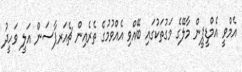
އެމްވީ އެމްޑީޕީން މާލޭގެ މަގުތަކުގައި ބޭއްވި އެއްވުމުގެ ތެރެއިން ޗެއަރޕާސަން އަލީ ވަހީދު